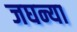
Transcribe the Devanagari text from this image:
जघन्या